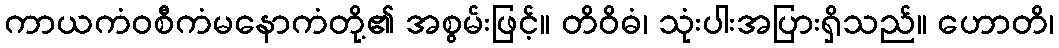
ကာယကံဝစီကံမနောကံတို့၏ အစွမ်းဖြင့်။ တိဝိဓံ၊ သုံးပါးအပြားရှိသည်။ ဟောတိ၊